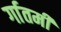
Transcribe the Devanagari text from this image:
र्गातमी